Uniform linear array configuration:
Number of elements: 16
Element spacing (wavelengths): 1
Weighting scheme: exponential
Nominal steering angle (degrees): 15
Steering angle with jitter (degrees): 14.465
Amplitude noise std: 0.05
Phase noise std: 0.05

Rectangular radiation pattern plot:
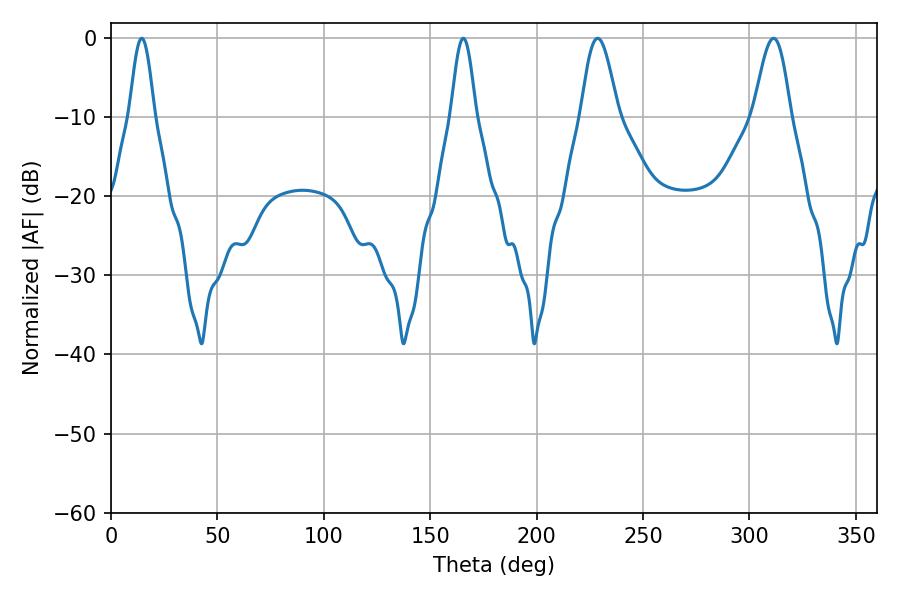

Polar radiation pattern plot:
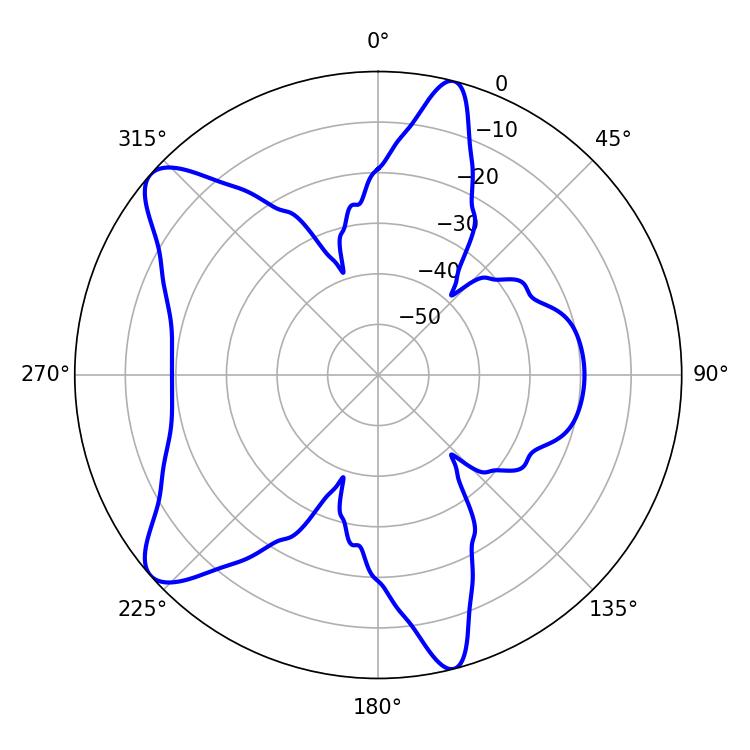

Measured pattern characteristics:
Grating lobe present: TRUE
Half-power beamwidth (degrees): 6.3
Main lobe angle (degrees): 14.4